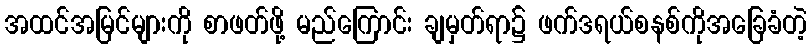
အထင်အမြင်များကို စာဖတ်ဖို့ မည်ကြောင်း ချမှတ်ရာ၌ ဖက်ဒရယ်စနစ်ကိုအခြေခံတဲ့